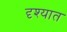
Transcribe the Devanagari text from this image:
दृश्यात